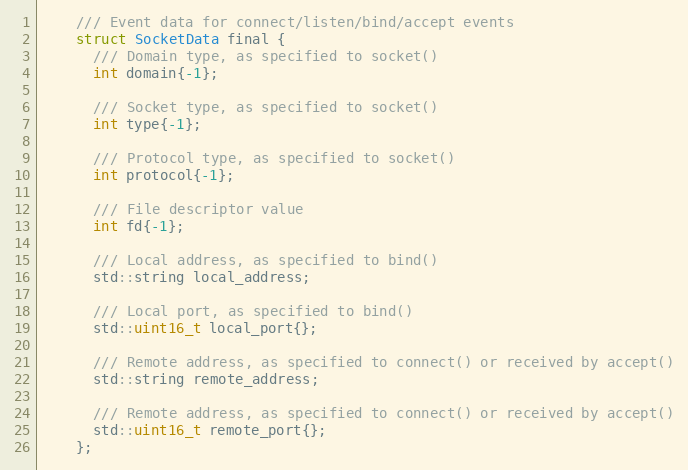
Language: C
    /// Event data for connect/listen/bind/accept events
    struct SocketData final {
      /// Domain type, as specified to socket()
      int domain{-1};

      /// Socket type, as specified to socket()
      int type{-1};

      /// Protocol type, as specified to socket()
      int protocol{-1};

      /// File descriptor value
      int fd{-1};

      /// Local address, as specified to bind()
      std::string local_address;

      /// Local port, as specified to bind()
      std::uint16_t local_port{};

      /// Remote address, as specified to connect() or received by accept()
      std::string remote_address;

      /// Remote address, as specified to connect() or received by accept()
      std::uint16_t remote_port{};
    };